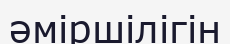
әміршілігін